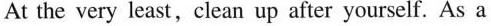
At the very least,clean up after yourself. As a